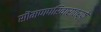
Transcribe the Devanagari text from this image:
सॊमणपरिवारातर्फे